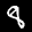
Label: 8